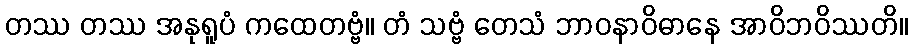
တဿ တဿ အနုရူပံ ကထေတဗ္ဗံ။ တံ သဗ္ဗံ တေသံ ဘာဝနာဝိဓာနေ အာဝိဘဝိဿတိ။